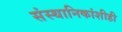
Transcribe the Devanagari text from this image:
संस्‍थानिकांशीही